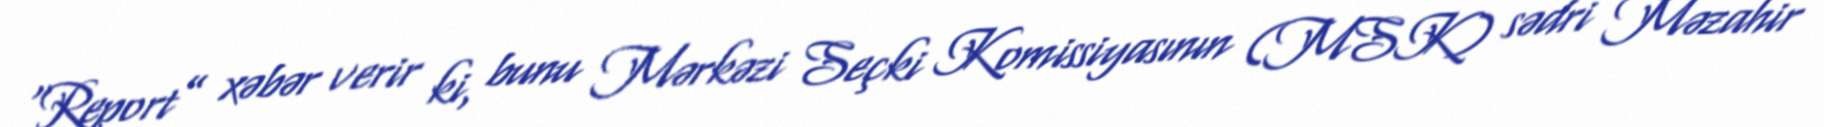
“Report” xəbər verir ki, bunu Mərkəzi Seçki Komissiyasının (MSK) sədri Məzahir